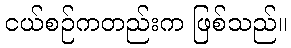
ငယ်စဉ်ကတည်းက ဖြစ်သည်။